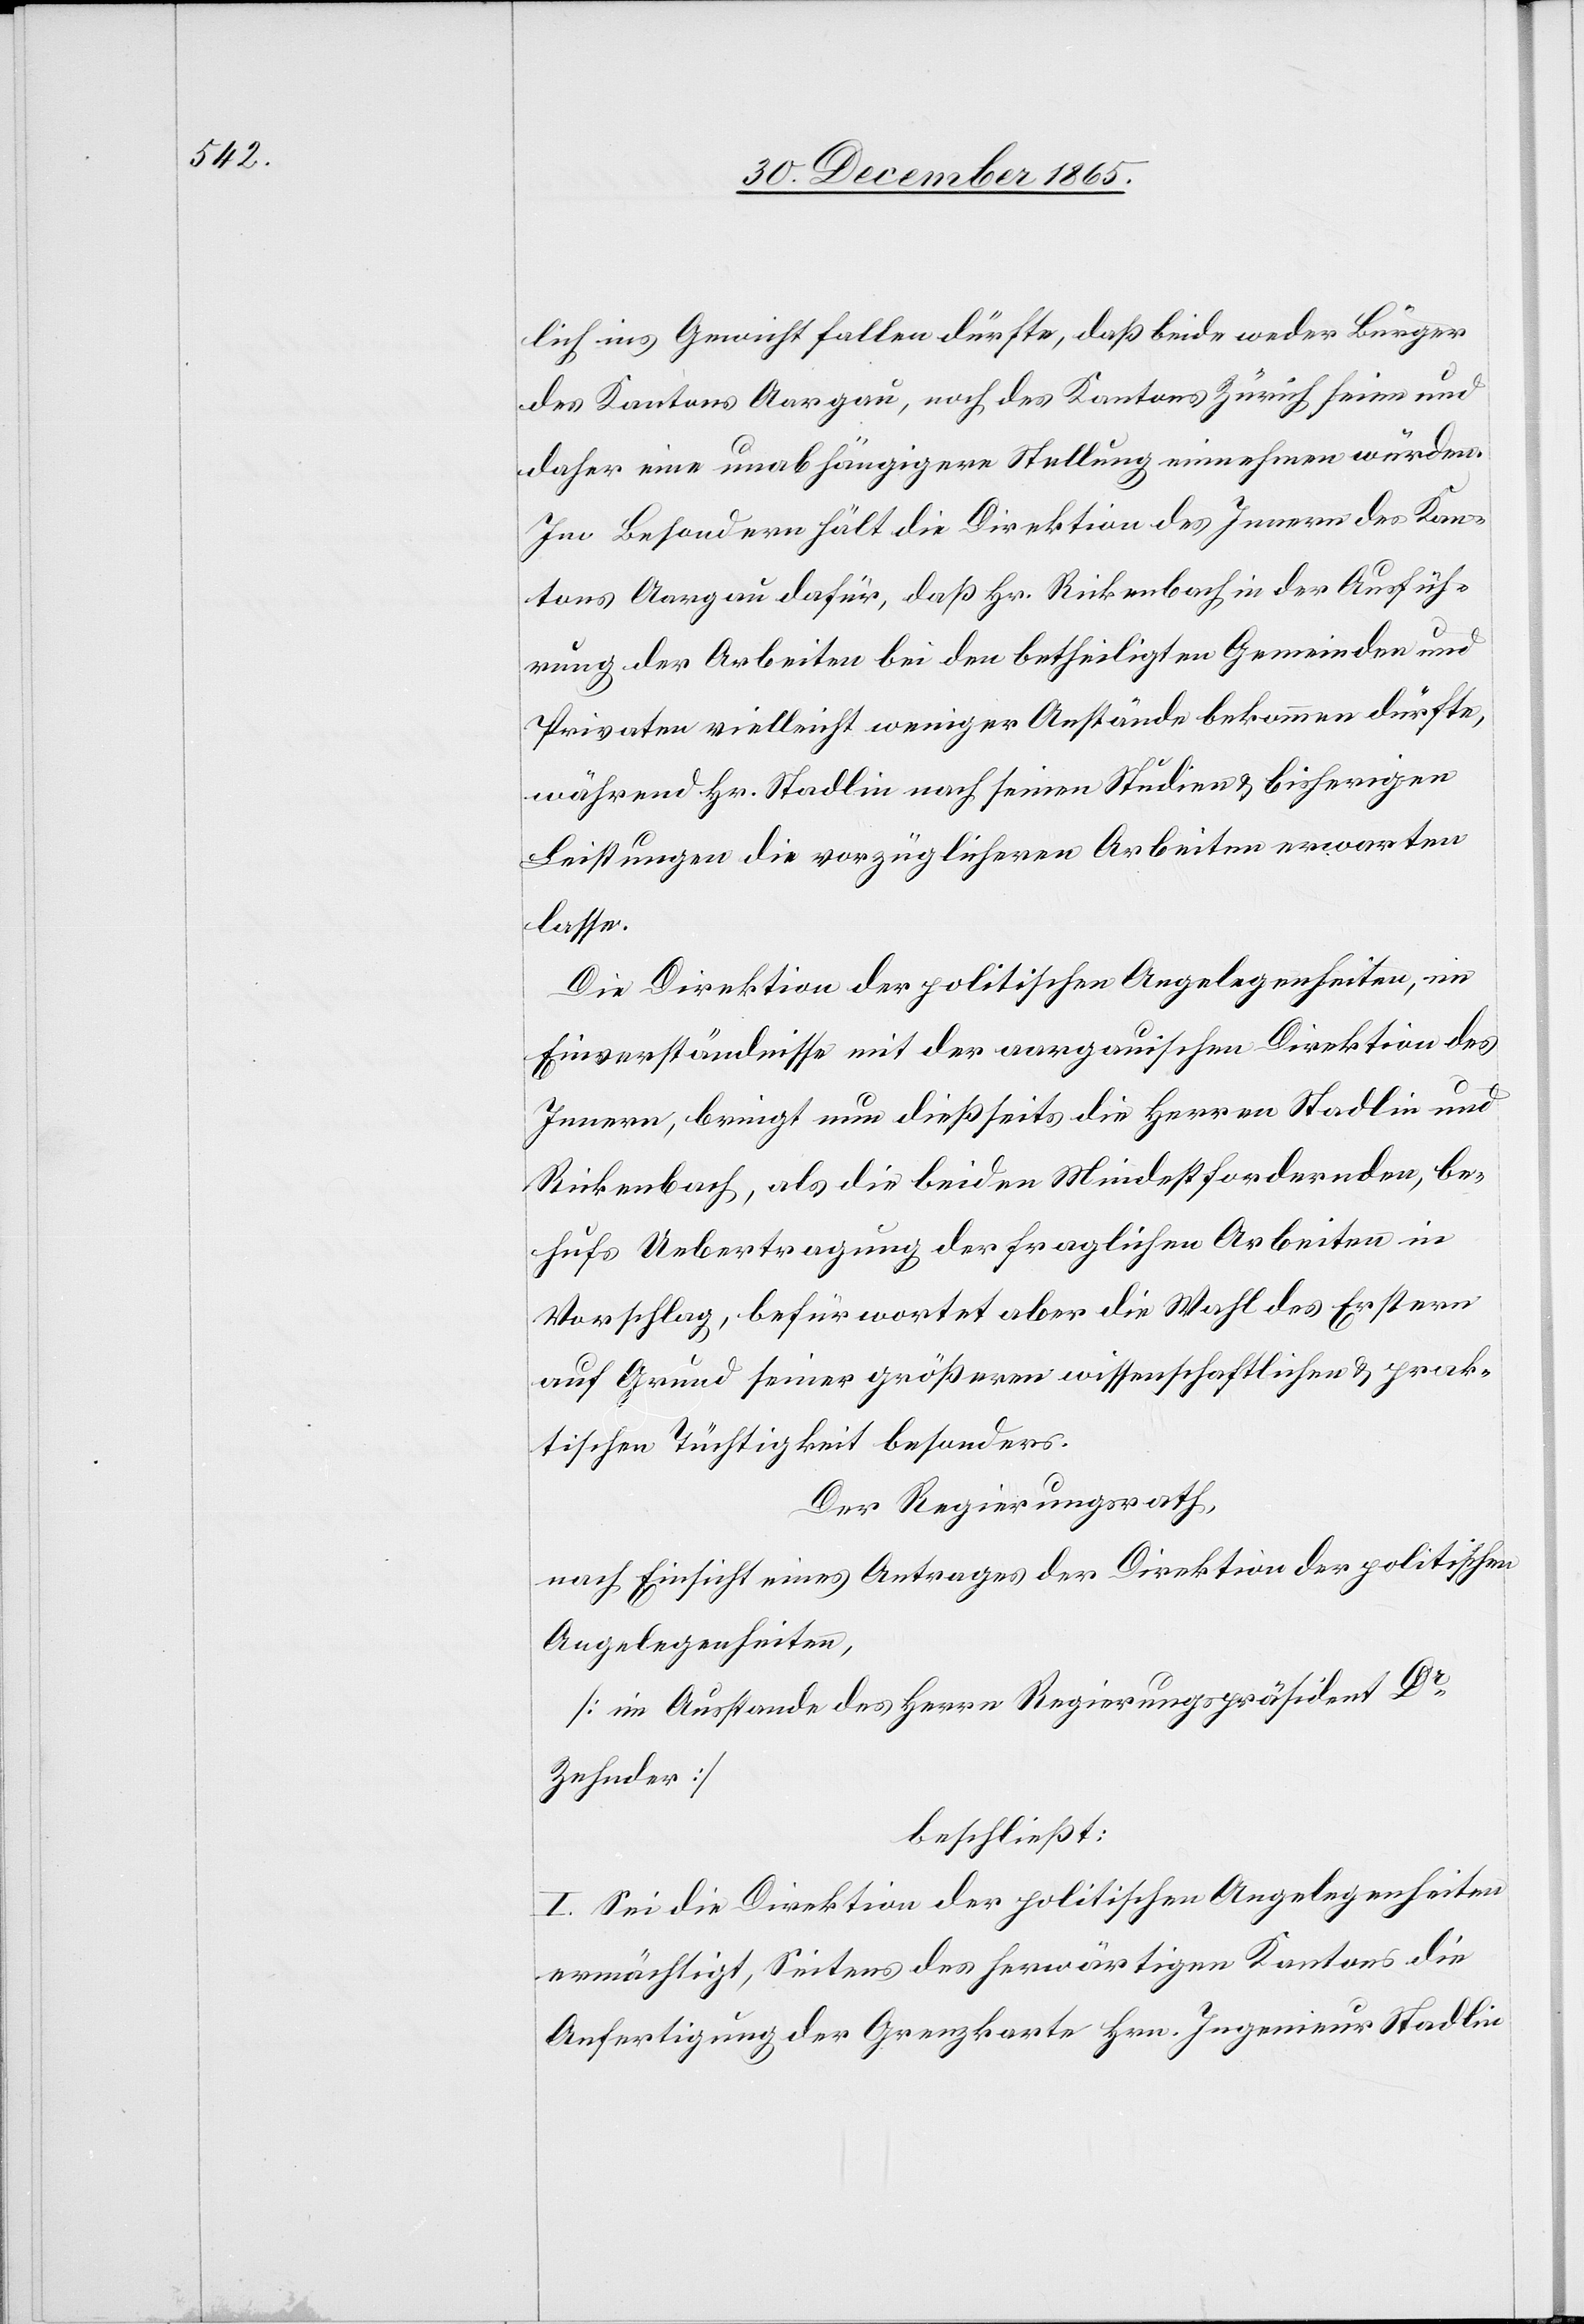
lich ins Gewicht fallen dürfte, daß beide weder Bürger
des Kantons Aargau, noch des Kantons Zürich seien und
daher eine unabhängigere Stellung einnehmen würden.
Im Besondern hält die Direktion des Innern des Kan¬
tons Aargau dafür, daß Hr. Rickenbach in der Ausfüh¬
rung der Arbeiten bei den betheiligten Gemeinden und
Privaten vielleicht weniger Anstände bekommen dürfte,
während Hr. Stadlin nach seinen Studien & bisherigen
Leistungen die vorzüglicheren Arbeiten erwarten
lasse.
Die Direktion der politischen Angelegenheiten, im
Einverständnisse mit der aargauischen Direktion des
Innern, bringt nun dießseits die Herren Stadlin und
Rickenbach, als die beiden Mindestfordernden, be¬
hufs Uebertragung der fraglichen Arbeiten in
Voranschlag, befürwortet aber die Wahl des Erstern
auf Grund seiner größeren wissenschaftlichen & prak¬
tischen Tüchtigkeit besonders.
Der Regierungsrath,
nach Einsicht eines Antrages der Direktion der politischen
Angelegenheiten,
[im Ausstande des Herrn Regierungspräsident Dr
Zehnder]
beschließt:
I. Sei die Direktion der politischen Angelegenheiten
ermächtigt, Seitens des herwärtigen Kantons die
Anfertigung der Grenzkarte Hrn. Ingenieur Stadlin